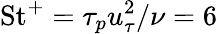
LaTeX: \mathrm{St}^{+}=\tau_{p}u_{\tau}^{2}/\nu=6